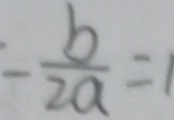
- \frac { b } { 2 a } = 1